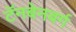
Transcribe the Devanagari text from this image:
टॅनबेनबर्ग